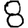
Digit: 8